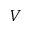
V